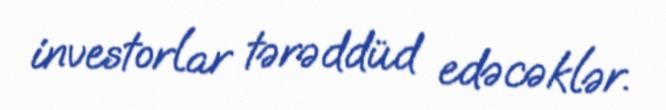
investorlar tərəddüd edəcəklər.